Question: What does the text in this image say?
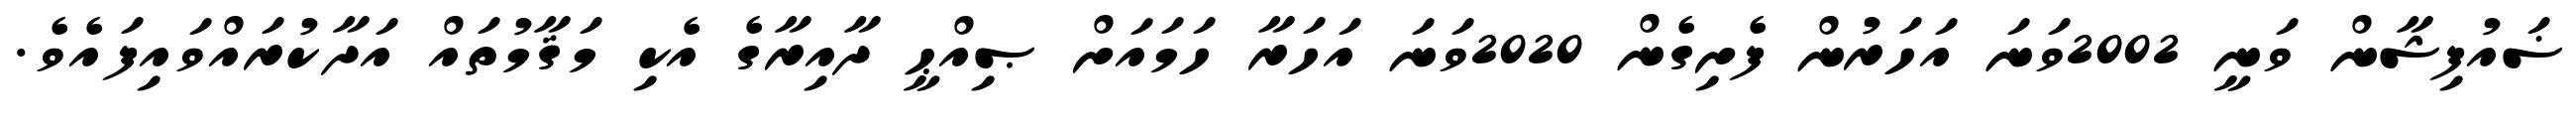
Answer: ޟައުފިޝާން ވަނީ 2002ވަނަ އަހަރުން ފެށިގެން 2020ވަނަ އަހަރާ ހަމައަށް ޞިއްޙީ ދާއިރާގެ އެކި މަޤާމުތައް އަދާކުރައްވައިފައެވެ.